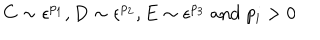
C \sim \epsilon ^ { p _ { 1 } } , D \sim \epsilon ^ { p _ { 2 } } , E \sim \epsilon ^ { p _ { 3 } } \; \mathrm { a n d } \; p _ { i } > 0